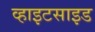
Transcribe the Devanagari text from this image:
व्हाइटसाइड